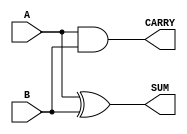
module Parameterized_Half_Adder #(
    parameter WIDTH = 1  // Default bit-width parameter
)(
    input  [WIDTH-1:0] A,  // First input bit (WIDTH bits wide)
    input  [WIDTH-1:0] B,  // Second input bit (WIDTH bits wide)
    output [WIDTH-1:0] SUM, // Sum output (WIDTH bits wide)
    output [WIDTH-1:0] CARRY // Carry output (WIDTH bits wide)
);

    // Internal logic for half-adder
    assign SUM = A ^ B;      // SUM is the XOR of A and B
    assign CARRY = A & B;    // CARRY is the AND of A and B

endmodule